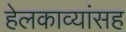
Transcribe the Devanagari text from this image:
हेलकाव्यांसह